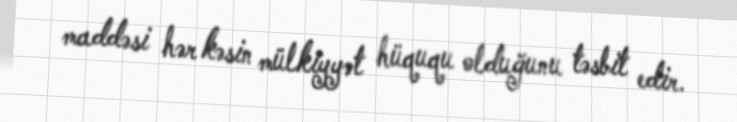
maddəsi hər kəsin mülkiyyət hüququ olduğunu təsbit edir.